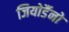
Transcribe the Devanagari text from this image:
जियोर्डैनो